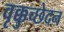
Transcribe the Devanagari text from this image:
वृक्कुच्छेदन